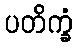
ပတိက္ခံ